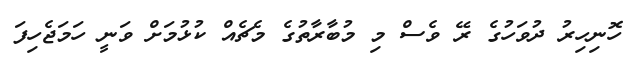
ހޮނިހިރު ދުވަހުގެ ރޭ ވެސް މި މުބާރާތުގެ މެޗެއް ކުޅުމަށް ވަނީ ހަމަޖެހިފަ